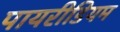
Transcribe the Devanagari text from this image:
पायरीडियम